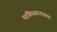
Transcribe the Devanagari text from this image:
पाकिस्तानातला